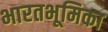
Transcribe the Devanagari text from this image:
भारतभूमिका